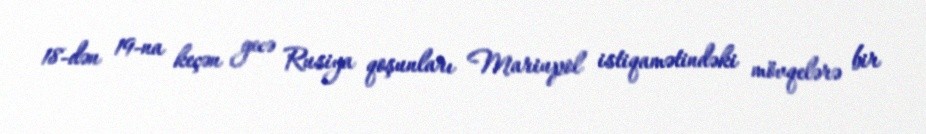
18-dən 19-na keçən gecə Rusiya qoşunları Mariupol istiqamətindəki mövqelərə bir